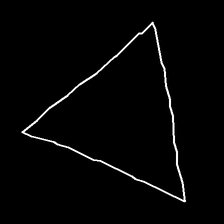
Glyph: convergence